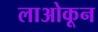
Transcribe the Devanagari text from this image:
लाओकून